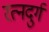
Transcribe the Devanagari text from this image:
रत्नदुर्ग